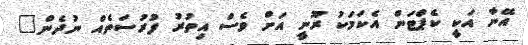
އޭނާ އަކީ ކެޕްޓަން އެކަމަކު ރޫނީ އަށް ވެސް އިތުރު ފުރުސަތެއް ނުދެން"